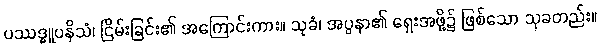
ပဿဒ္ဓူပနိသံ၊ ငြိမ်းခြင်း၏ အကြောင်းကား။ သုခံ၊ အပ္ပနာ၏ ရှေးအဖို့၌ ဖြစ်သော သုခတည်း။